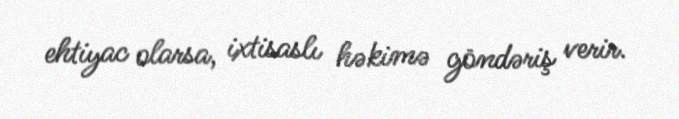
ehtiyac olarsa, ixtisaslı həkimə göndəriş verir.